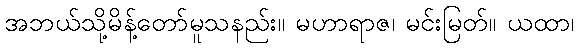
အဘယ်သို့မိန့်တော်မူသနည်း။ မဟာရာဇ၊ မင်းမြတ်။ ယထာ၊